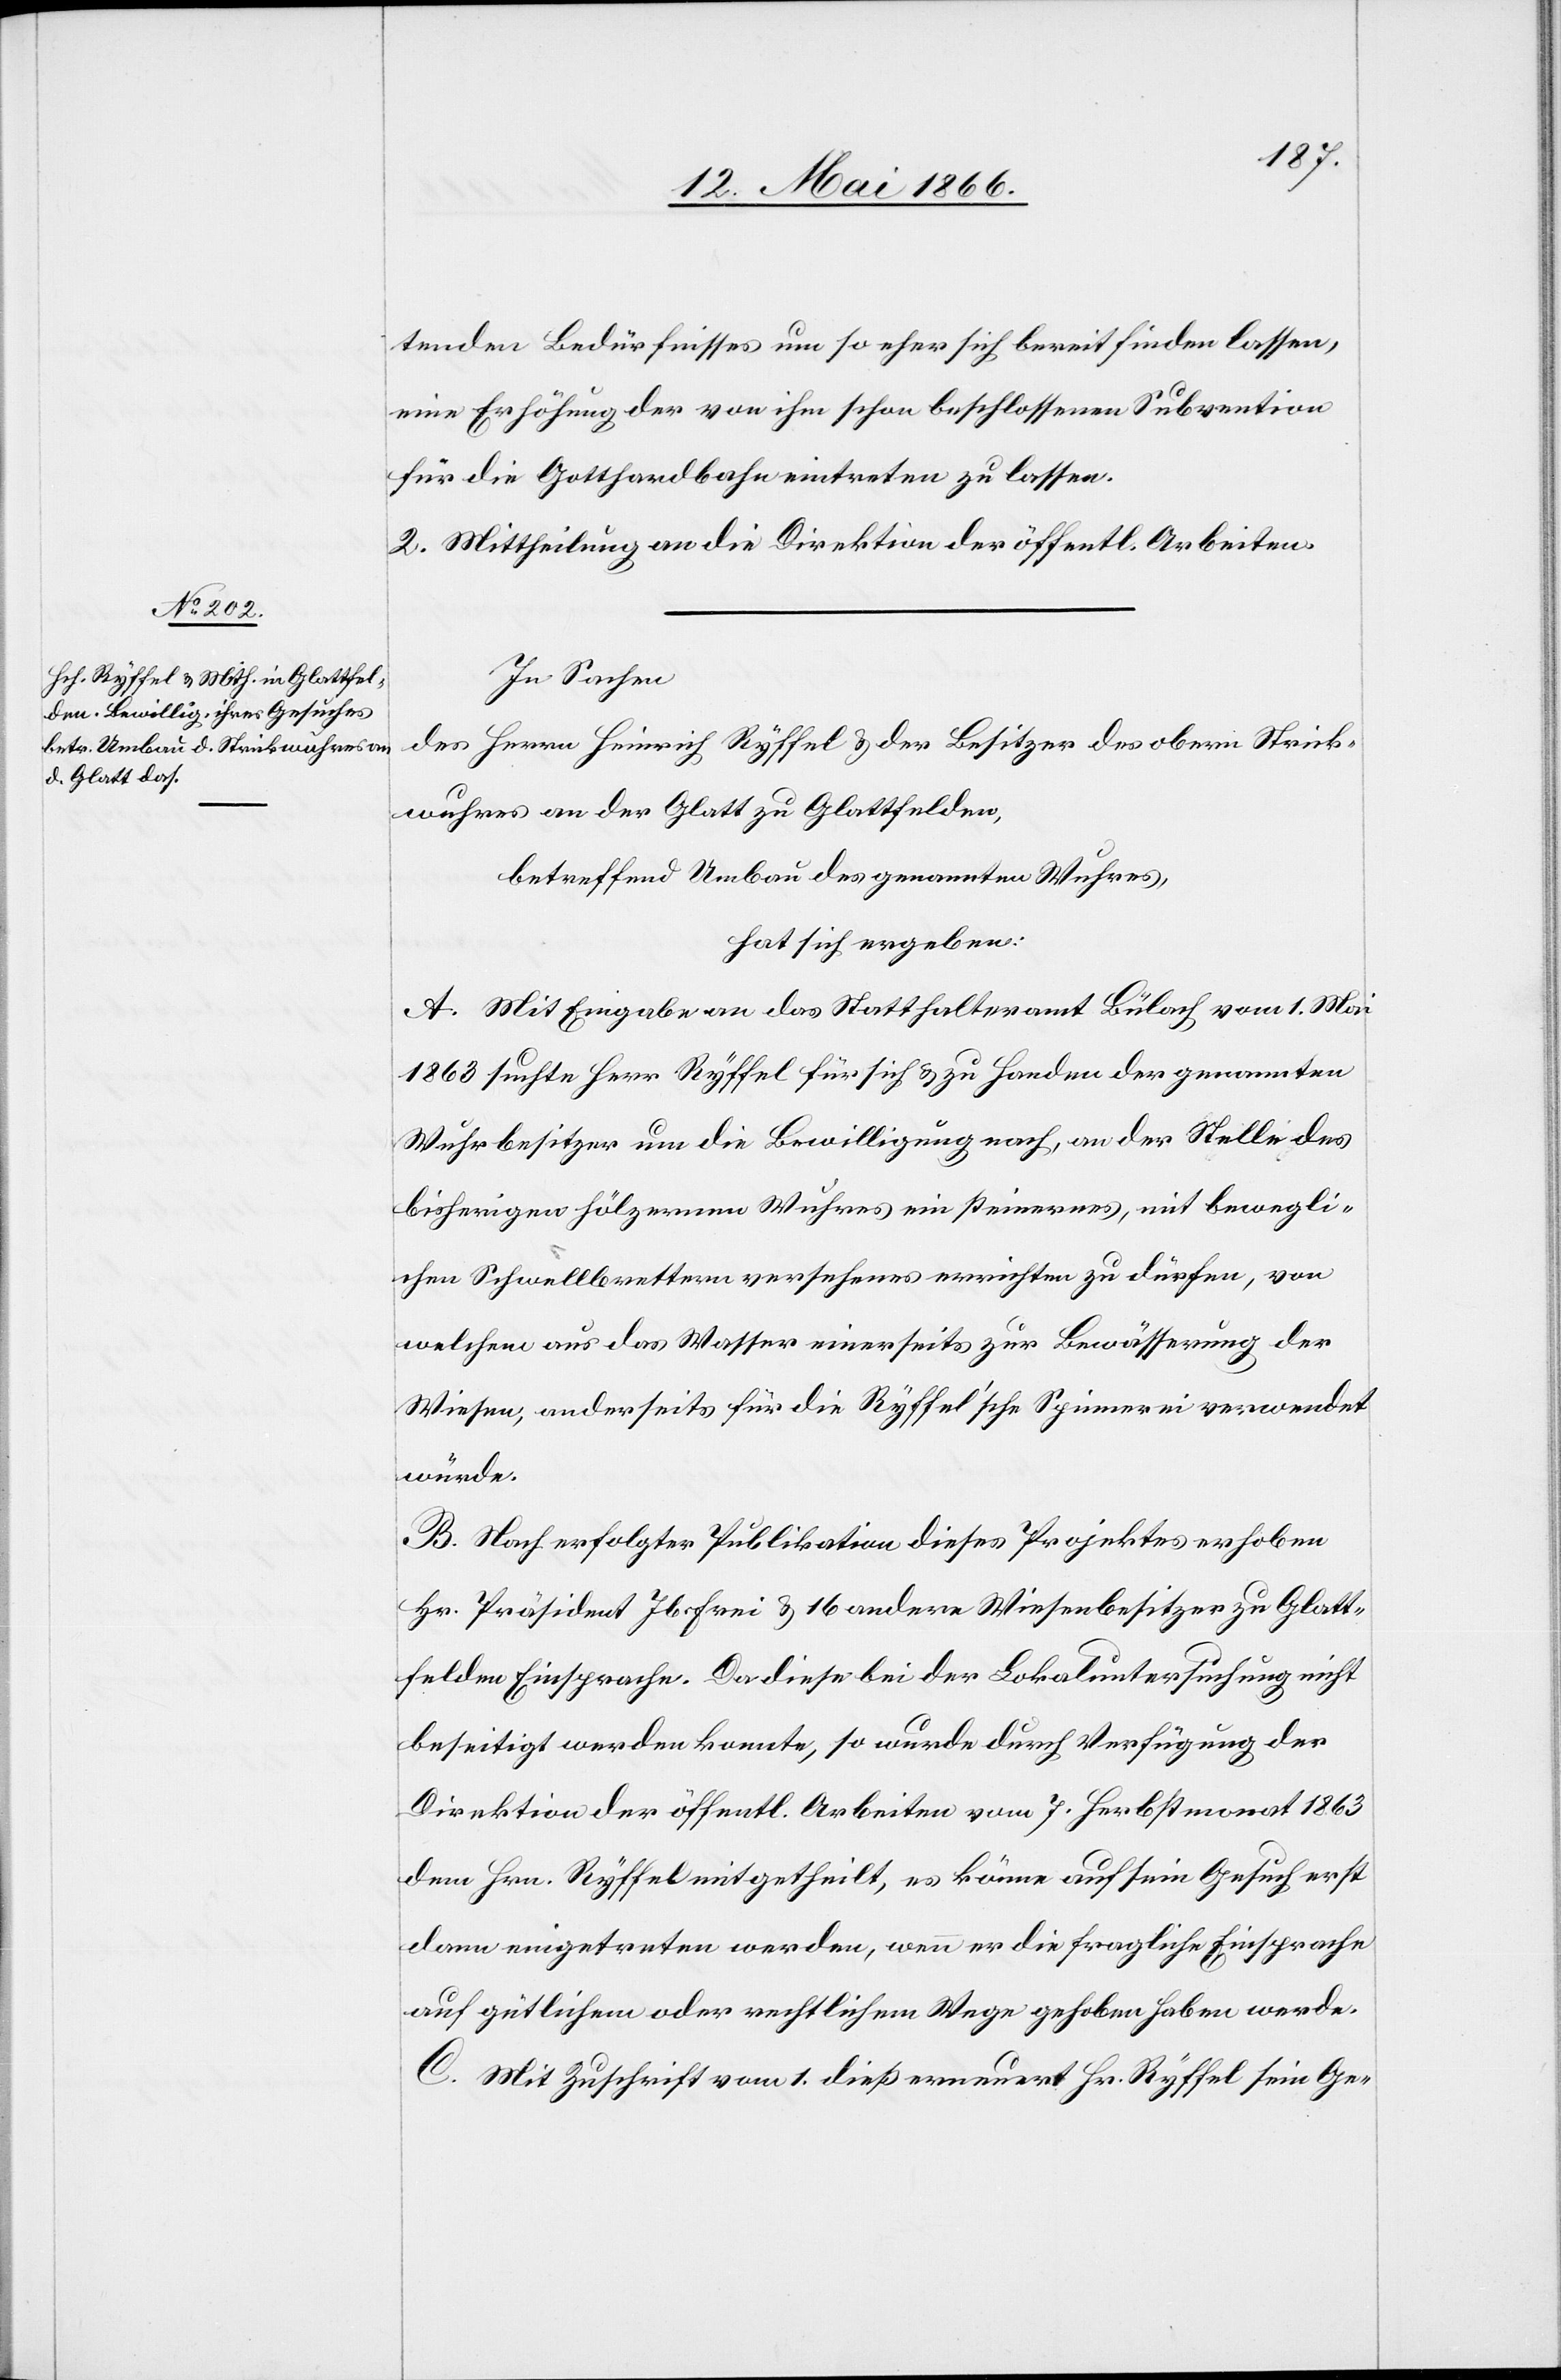
In Sachen
des Herrn Heinrich Ryffel u. der Besitzer des obern Strick¬
wuhres an der Glatt zu Glattfelden,
betreffend Umbau des genannten Wuhres,
hat sich ergeben:
A. Mit Eingabe an das Statthalteramt Bülach vom 1. Mai
1863 suchte Herr Ryffel für sich u. zu Handen der genannten
Wuhrbesitzer um die Bewilligung nach, an der Stelle des
bisherigen hölzernen Wuhres ein steinernes, mit bewegli¬
chen Schwellbrettern versehenes errichten zu dürfen, von
welchem aus das Wasser einerseits zur Bewässerung der
Wiesen, anderseits für die Ryffel’sche Spinnerei verwendet
würde.
B. Nach erfolgter Publikation dieses Projektes erhoben
Hr. Präsident Jb. Frei u. 16 andere Wiesenbesitzer zu Glatt¬
felden Einsprache. Da diese bei der Lokaluntersuchung nicht
beseitigt werden konnte, so wurde durch Verfügung der
Direktion der öffentl. Arbeiten vom 7. Herbstmonat 1863
dem Hrn. Ryffel mitgetheilt, es könne auf sein Gesuch erst
dann eingetreten werden, wenn er die fragliche Einsprache
auf gütlichem oder rechtlichem Wege gehoben haben werde.
C. Mit Zuschrift vom 1. dieß erneuert Hr. Ryffel sein Ge-